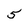
Character: 5